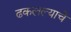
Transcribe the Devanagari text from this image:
ढकलल्याचे